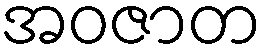
အဝဇာတ